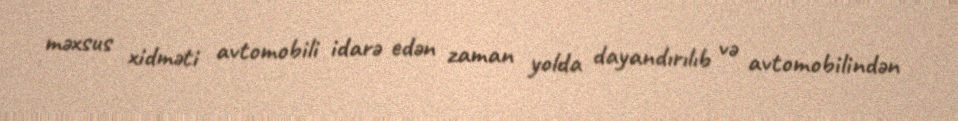
məxsus xidməti avtomobili idarə edən zaman yolda dayandırılıb və avtomobilindən